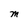
Character: M